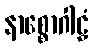
နာစ္စောဂါဠှံ